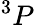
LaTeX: ^{3}P